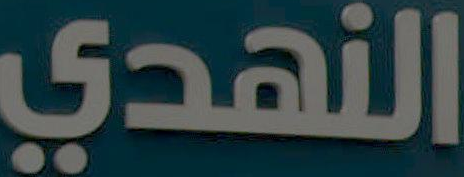
النهدي